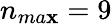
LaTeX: n_{ma\mathbf{x}}=9